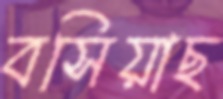
বসিয়াছ